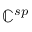
\mathbb { C } _ { } ^ { s p }